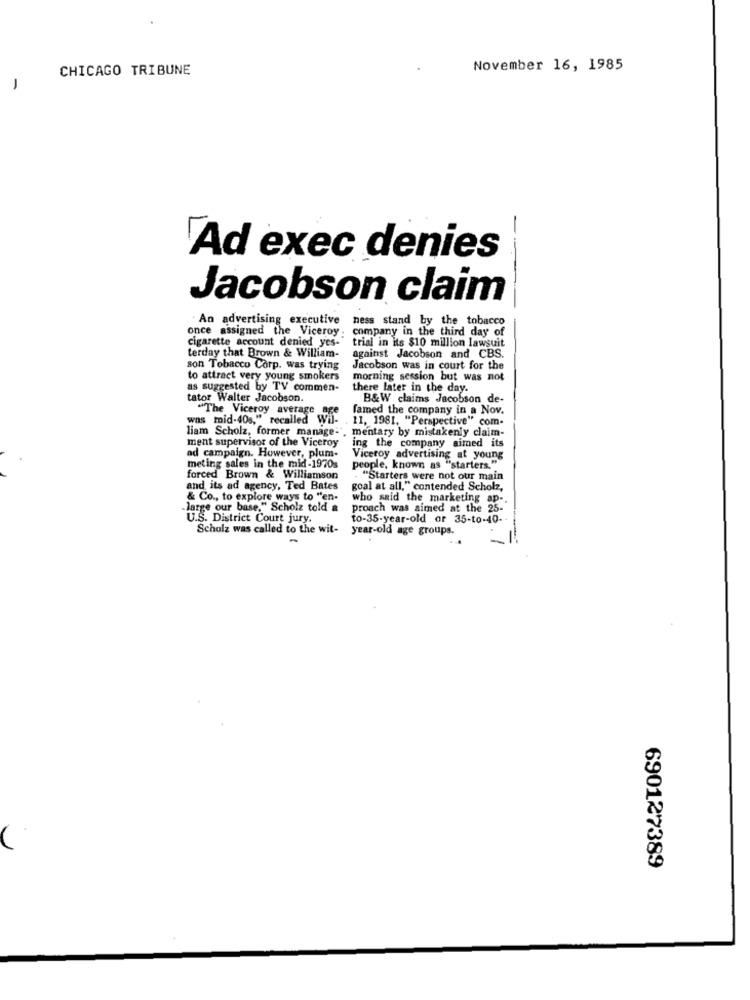
CHICAGO TRIBUNE
November 16, 1985
-
Ad exec denies
Jacobson claim
----
An advertising executive
ness stand by the tobacco
once assigned the Viceroy
company in the third day of
cigarette account denied yes-"
trial in its $10 million lawsuit
terday that Brown & William-
against Jacobson and CBS.
son Tobacco Corp. was trying
Jacobson was in court for the
to attract very young smokers
morning session but was not
as suggested by TV commen-
there later in the day.
tator Walter Jacobson.
B&W claims Jacobson de-
"The Viceroy average
famed the company in a Nov.
was mid-40s," recalled Wii-
11, 1981, "Perspective" com-
liam Scholz, former manage-
mentary by mistakenly claim-
ment supervisor of the Viceroy
ad campaign. However, plum-
ing the company aimed its
Viceroy advertising at young
meting sales in the mid-1970s
people, known as "starters."
forced Brown & Williamson
"Starters were not our main
and its ad agency, Ted Bates
goal at all," contended Scholz,
& Co ., to explore ways to "en-
who said the marketing ap -.
-large our base." Scholz told a
proach was aimed at the 25-
U.S. District Court jury.
to-35-year-old or 35-to-40-
Scholz was called to the wit-
year-old age groups.
690127389